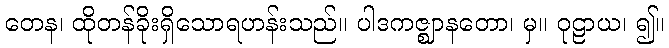
တေန၊ ထိုတန်ခိုးရှိသောရဟန်းသည်။ ပါဒကဇ္ဈာနတော၊ မှ။ ဝုဠာယ၊ ၍။